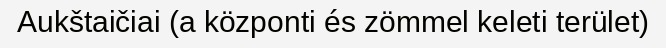
Aukštaičiai (a központi és zömmel keleti terület)